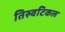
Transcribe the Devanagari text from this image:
तिरुवटिकल